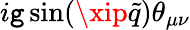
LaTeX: i\mathtt{g}\sin(\xip\tilde{{q}})\theta_{\mu\nu}